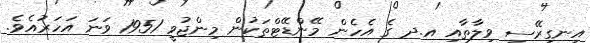
އިނގިރޭސި ވިލާތާއި އ.ދ ގެ އެހެން މޭންޑޭޓްތަކުން މިންޖުވީ 1951 ވަނަ އަހަރުއެވެ.